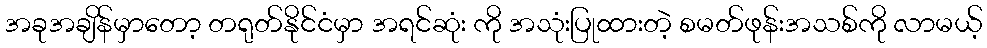
အခုအချိန်မှာတော့ တရုတ်နိုင်ငံမှာ အရင်ဆုံး ကို အသုံးပြုထားတဲ့ စမတ်ဖုန်းအသစ်ကို လာမယ့်